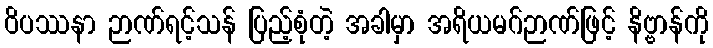
ဝိပဿနာ ဉာဏ်ရင့်သန် ပြည့်စုံတဲ့ အခါမှာ အရိယမဂ်ဉာဏ်ဖြင့် နိဗ္ဗာန်ကို